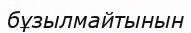
бұзылмайтынын